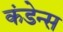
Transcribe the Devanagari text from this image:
कंडेन्स